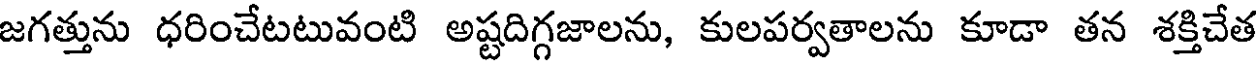
జగత్తును ధరించేటటువంటి అష్టదిగ్గజాలను, కులపర్వతాలను కూడా తన శక్తిచేత